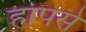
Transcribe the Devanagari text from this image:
हापसे